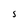
Character: S